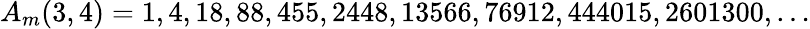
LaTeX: A_{m}(3,4)=1,4,18,88,455,2448,13566,76912,444015,2601300,\ldots